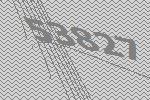
53827